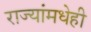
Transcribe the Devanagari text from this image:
राज्यांमधेही